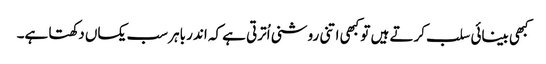
کبھی بینائی سلب کرتے ہیں تو کبھی اتنی روشنی اُترتی ہے کہ اندر باہر سب یکساں دکھتا ہے۔